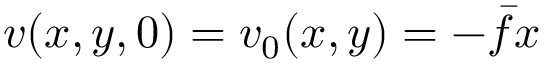
v ( x , y , 0 ) = v _ { 0 } ( x , y ) = - \bar { f } x